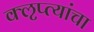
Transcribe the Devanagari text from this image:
क्‍ऌप्त्यांचा